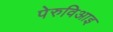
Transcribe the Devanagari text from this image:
पेरुविआइ